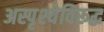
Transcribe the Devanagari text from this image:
अस्पृश्येविरूद्ध